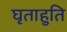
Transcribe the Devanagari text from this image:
घृताहुति